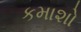
કમાશો